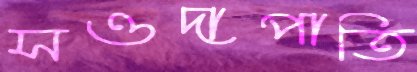
সওদাপাতি